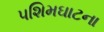
પશિમઘાટના